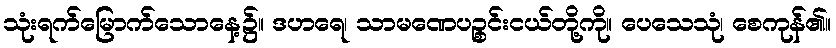
သုံးရက်မြောက်သောနေ့၌။ ဒဟရေ၊ သာမဏေပဉ္စင်းငယ်တို့ကို။ ပေသေသုံ၊ စေကုန်၏။